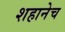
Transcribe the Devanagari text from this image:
शहानेच